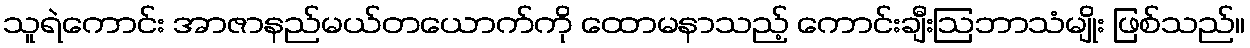
သူရဲကောင်း အာဇာနည်မယ်တယောက်ကို ထောမနာသည့် ကောင်းချီးဩဘာသံမျိုး ဖြစ်သည်။